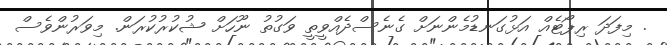
. މިފަދަ ރިޕޯޓެއް އަޅުގަނޑުމެންނަށް ގެނެސްދެއްވީތީ ވަގުތު ނޫހަށް ޝުކުރުކުރަން. މިވަރުންވެސް